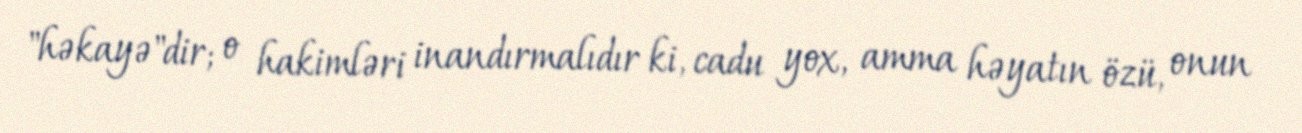
"həkayə"dir; o hakimləri inandırmalıdır ki, cadu yox, amma həyatın özü, onun